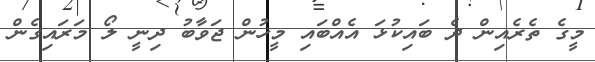
މީގެ ތެރެއިން ދެ ބައިކުޅަ އެއްބައި މީހުން ޖަވާބު ދިނީ ލޯ މަރައިގެން